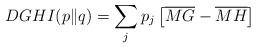
LaTeX: \begin{align*}DGHI(p\|q)=\sum_{j}p_{j}\left[\overline{MG}-\overline{MH}\right] \end{align*}